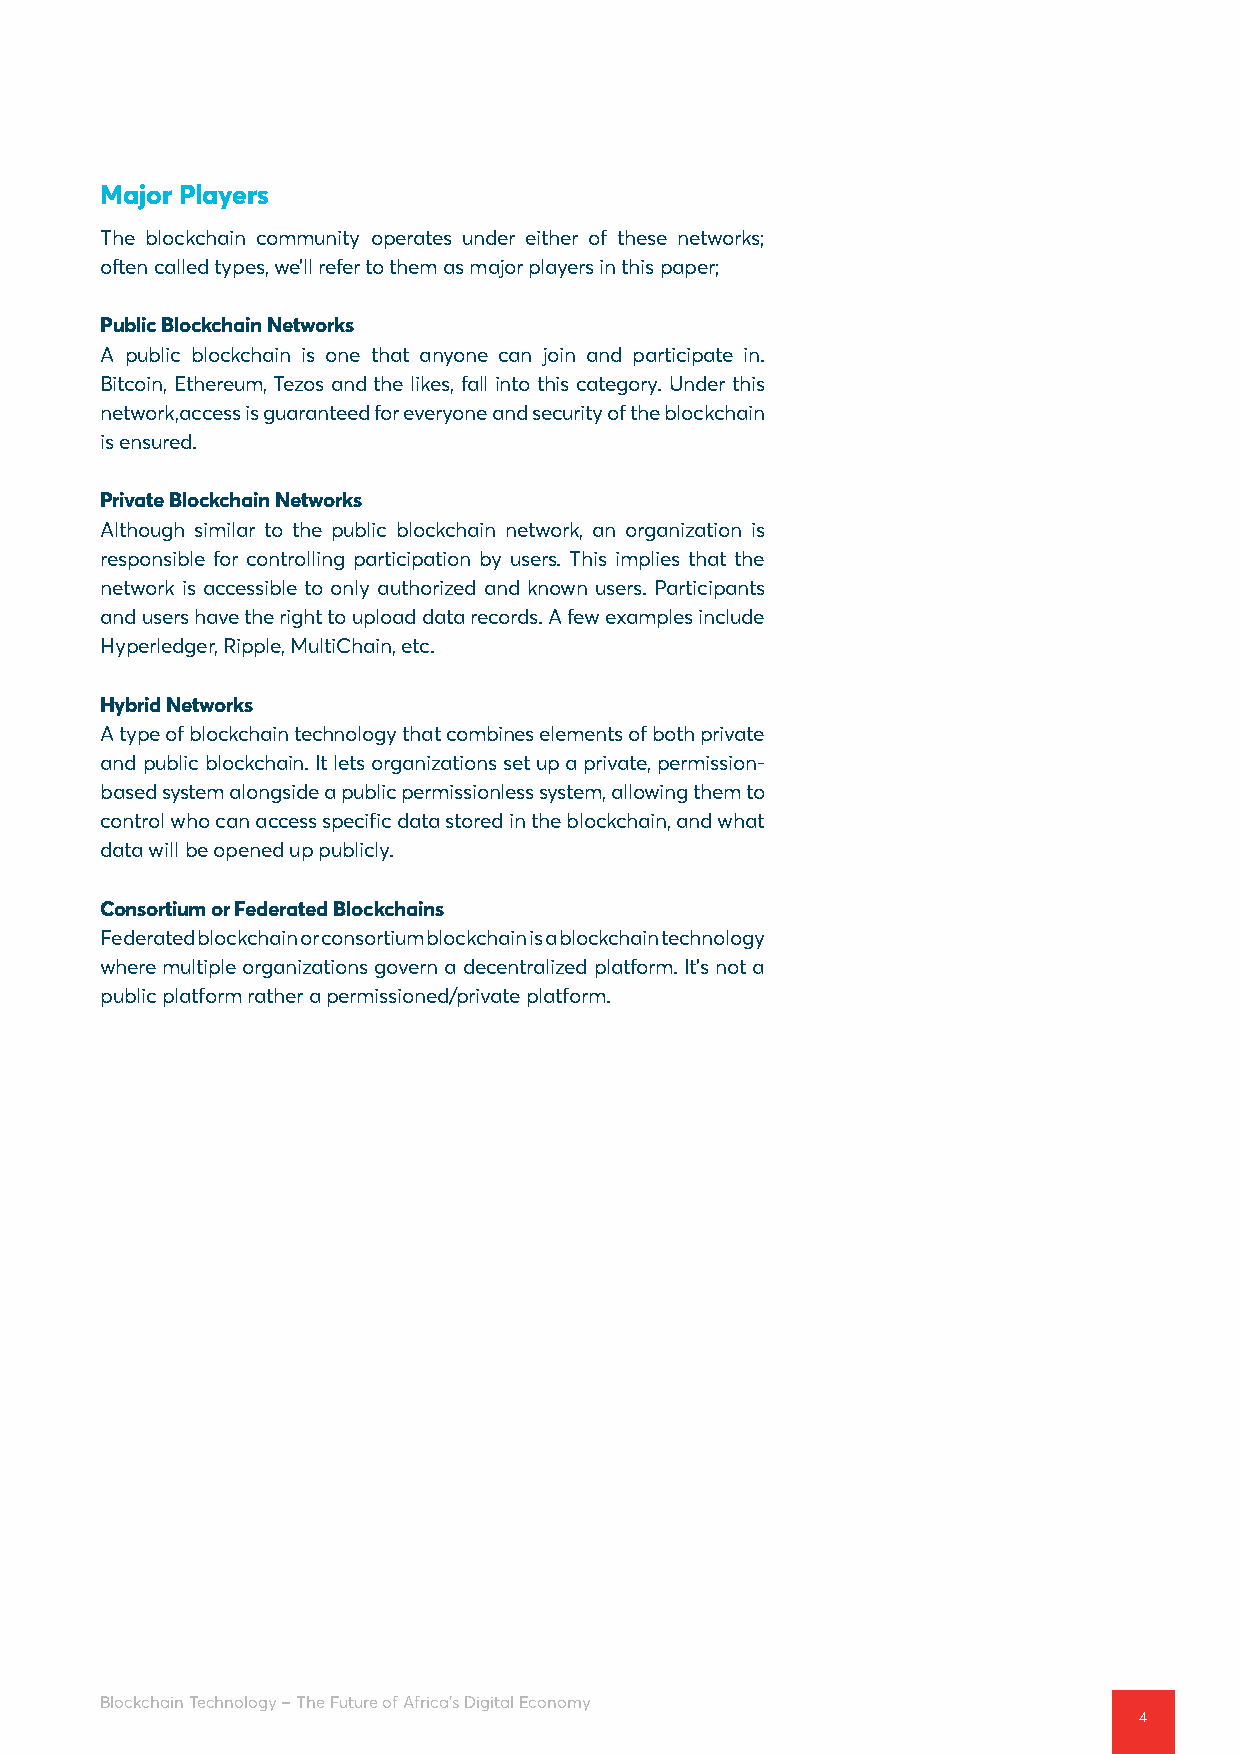
Major Players
 The blockchain community operates under either of these networks;
 often called types, we’ll refer to them as major players in this paper;
 Public Blockchain Networks
 A public blockchain is one that anyone can join and participate in.
 Bitcoin, Ethereum, Tezos and the likes, fall into this category. Under this
 network,access is guaranteed for everyone and security of the blockchain
 is ensured.
 Private Blockchain Networks
 Although similar to the public blockchain network, an organization is
 responsible for controlling participation by users. This implies that the
 network is accessible to only authorized and known users. Participants
 and users have the right to upload data records. A few examples include
 Hyperledger, Ripple, MultiChain, etc.
 Hybrid Networks
 A type of blockchain technology that combines elements of both private
 and public blockchain. It lets organizations set up a private, permission-
 based system alongside a public permissionless system, allowing them to
 control who can access specific data stored in the blockchain, and what
 data will be opened up publicly.
 Consortium or Federated Blockchains
 Federated blockchain or consortium blockchain is a blockchain technology
 where multiple organizations govern a decentralized platform. It’s not a
 public platform rather a permissioned/private platform.
 Blockchain Technology – The Future of Africa’s Digital Economy
 4